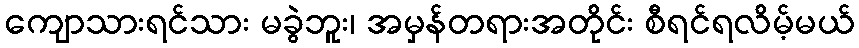
ကျောသားရင်သား မခွဲဘူး၊ အမှန်တရားအတိုင်း စီရင်ရလိမ့်မယ်